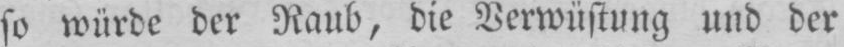
so würde der Raub, die Verwüstung und der